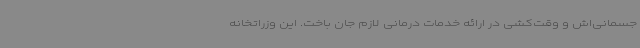
جسمانی‌اش و وقت‌کشی در ارائه خدمات درمانی لازم جان باخت. این وزراتخانه